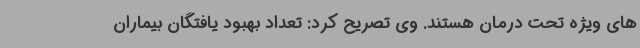
های ویژه تحت درمان هستند. وی تصریح کرد: تعداد بهبود یافتگان بیماران